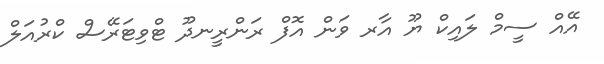
އޭއް ސީމް ލައިކް ޔޫ އާރ ވަން އޮފް ރަންރީނދޫ ޓްވިޓަރޭސް ކްރުއަލް